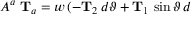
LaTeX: A ^ { a } \mathrm { \bf ~ T } _ { a } = w \, ( - { \bf T } _ { 2 } \, d \vartheta + { \bf T } _ { 1 } \, \sin \vartheta \, d